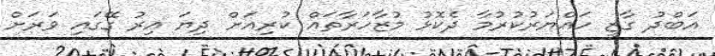
އަބްދު ގާޒީ ހައްޔަރުކުރުމާ ދެކޮޅު މުޒާހަރާތައް ކުރިއަށް ދިޔަ އިރު ގޭގައި ވަރަށް